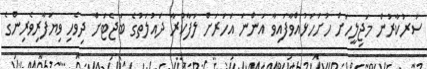
ސަރުކާރުން މަޖިލީހަށް ހުށަހަޅުއްވާފައިވާ އަންނަ އަހަރަށް ލަފާކުރާ ދައުލަތުގެ ބަޖެޓަށް ދިވެހި ވިޔަފާރިވެރިންގެ